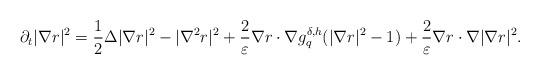
LaTeX: \begin{align*}\partial _t |\nabla r|^2=\frac{1}{2}\Delta |\nabla r |^2 - |\nabla^2 r|^2 +\frac{2}{\varepsilon} \nabla r\cdot \nabla g^{\delta,h} _q (|\nabla r|^2 -1) + \frac{2}{\varepsilon} \nabla r\cdot \nabla |\nabla r|^2. \end{align*}